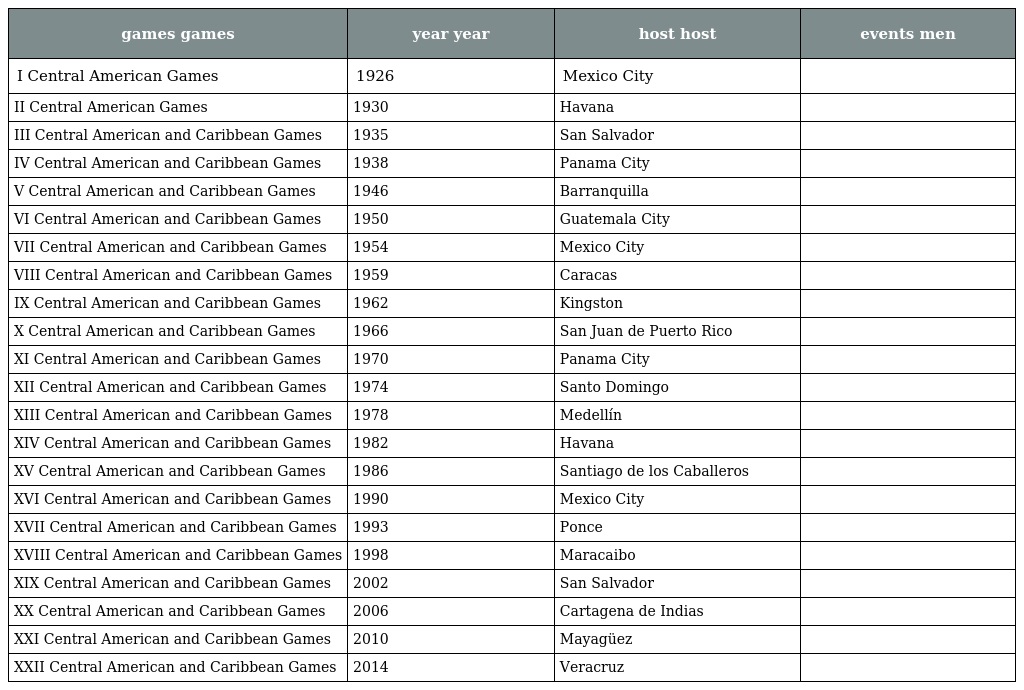
| games games | year year | host host | events men |
 | --- | --- | --- | --- |
 | I Central American Games | 1926 | Mexico City |  |
 | II Central American Games | 1930 | Havana |  |
 | III Central American and Caribbean Games | 1935 | San Salvador |  |
 | IV Central American and Caribbean Games | 1938 | Panama City |  |
 | V Central American and Caribbean Games | 1946 | Barranquilla |  |
 | VI Central American and Caribbean Games | 1950 | Guatemala City |  |
 | VII Central American and Caribbean Games | 1954 | Mexico City |  |
 | VIII Central American and Caribbean Games | 1959 | Caracas |  |
 | IX Central American and Caribbean Games | 1962 | Kingston |  |
 | X Central American and Caribbean Games | 1966 | San Juan de Puerto Rico |  |
 | XI Central American and Caribbean Games | 1970 | Panama City |  |
 | XII Central American and Caribbean Games | 1974 | Santo Domingo |  |
 | XIII Central American and Caribbean Games | 1978 | Medellín |  |
 | XIV Central American and Caribbean Games | 1982 | Havana |  |
 | XV Central American and Caribbean Games | 1986 | Santiago de los Caballeros |  |
 | XVI Central American and Caribbean Games | 1990 | Mexico City |  |
 | XVII Central American and Caribbean Games | 1993 | Ponce |  |
 | XVIII Central American and Caribbean Games | 1998 | Maracaibo |  |
 | XIX Central American and Caribbean Games | 2002 | San Salvador |  |
 | XX Central American and Caribbean Games | 2006 | Cartagena de Indias |  |
 | XXI Central American and Caribbean Games | 2010 | Mayagüez |  |
 | XXII Central American and Caribbean Games | 2014 | Veracruz |  |